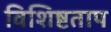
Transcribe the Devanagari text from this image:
विशिष्टताप